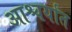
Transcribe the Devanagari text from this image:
आश्चर्यांत